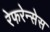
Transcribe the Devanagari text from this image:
रेफरेन्सेस